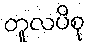
တူလပိစု